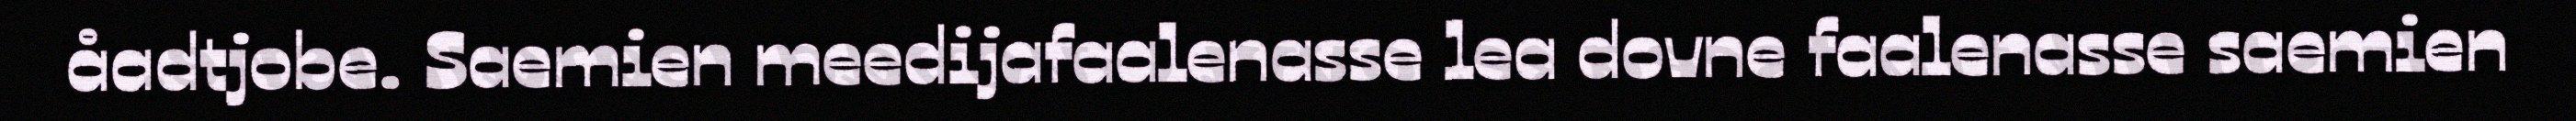
åadtjobe. Saemien meedijafaalenasse lea dovne faalenasse saemien